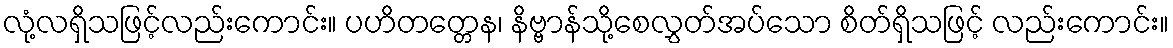
လုံ့လရှိသဖြင့်လည်းကောင်း။ ပဟိတတ္တေန၊ နိဗ္ဗာန်သို့စေလွှတ်အပ်သော စိတ်ရှိသဖြင့် လည်းကောင်း။